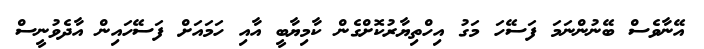
އޭނާވެސް ބޭނުންނަމަ ފަސޭހަ މަގު އިހްތިޔާރުކޮށްގެން ކާމިޔާބީ އާއި ހަމައަށް ފަސޭހައިން އާދެވުނީސް